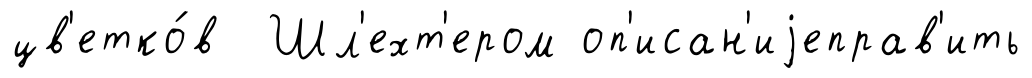
цв'етко́в Шл'ехт'ером оп'исан'иjеправ'ить